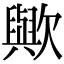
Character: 歟